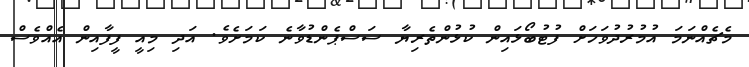
މެޗެއްނަމަ އުމުރުދުވަހަށް ފުޓުބޯޅައިން ކުޅުންތެރިޔާ ސަސްޕެންޑުވާނެ ކަމަށެވެ. އަދި މިއީ ފީފާއިން އެއްވެސް